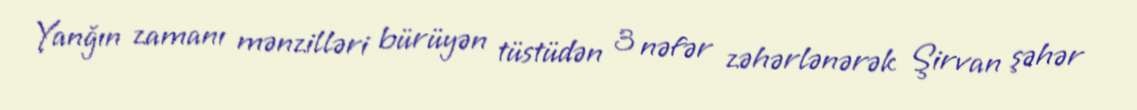
Yanğın zamanı mənzilləri bürüyən tüstüdən 3 nəfər zəhərlənərək Şirvan şəhər